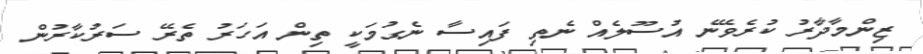
ޒިންމާދާރު ކުރެވޭނެ އުސޫލެއް ނެތި ފައިސާ ނެގުމަކީ ތިން އަހަރު ތެރޭ ސަރުކާރުން